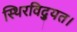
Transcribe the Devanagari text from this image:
स्थिरविद्युत।